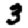
Digit: 3